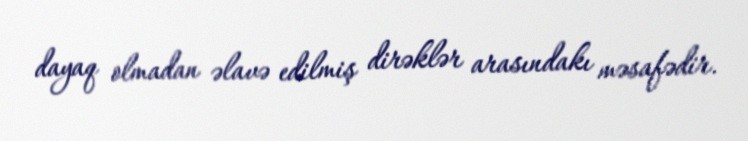
dayaq olmadan əlavə edilmiş dirəklər arasındakı məsafədir.